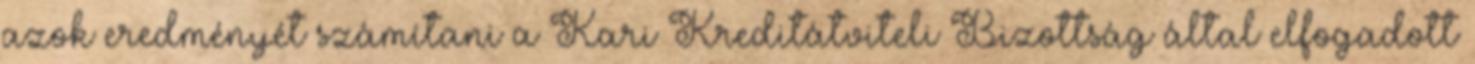
azok eredményét számítani a Kari Kreditátviteli Bizottság által elfogadott